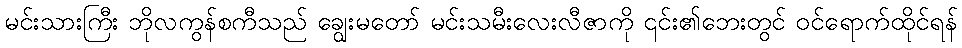
မင်းသားကြီး ဘိုလကွန်စကီသည် ချွေးမတော် မင်းသမီးလေးလီဇာကို ၎င်း၏ဘေးတွင် ဝင်ရောက်ထိုင်ရန်